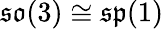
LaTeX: {\mathfrak{so}}(3)\cong{\mathfrak{sp}}(1)